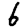
Digit: 6